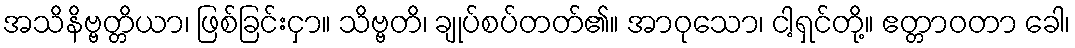
အသိနိဗ္ဗတ္တိယာ၊ ဖြစ်ခြင်းငှာ။ သိဗ္ဗတိ၊ ချုပ်စပ်တတ်၏။ အာဝုသော၊ ငါ့ရှင်တို့။ ဧတ္တာဝတာ ခေါ၊